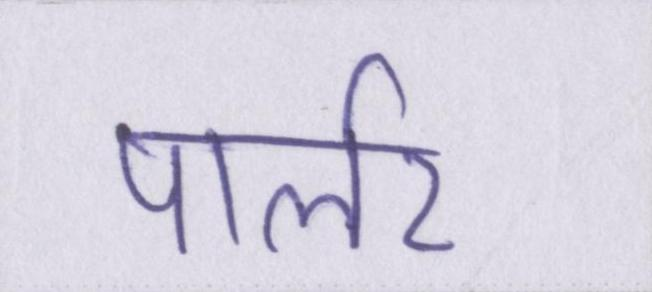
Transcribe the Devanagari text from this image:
पार्लर